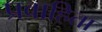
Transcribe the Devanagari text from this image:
प्रवाहिता